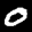
Label: 0